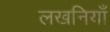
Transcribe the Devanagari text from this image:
लखनियाँ